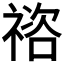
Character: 𥚭